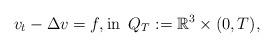
LaTeX: \begin{align*}v_t-\Delta v =f,\mbox{in }\, Q_T:=\mathbb{R}^3\times (0,T),\end{align*}